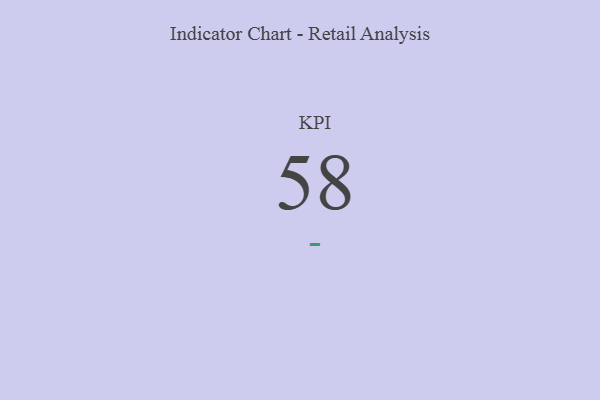
{"axis": {"x": "KPI", "y": "Value"}, "legend": [""], "data": [{"x": "KPI", "y": 58, "type": ""}]}